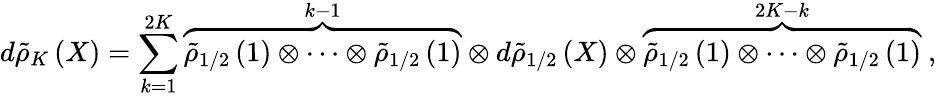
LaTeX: d{\tilde{\rho}}_{K}\left(X\right)=\sum_{k=1}^{2K}{\overbrace{{\tilde{\rho}}_{1/2}\left(1\right)\otimes\cdots\otimes{\tilde{\rho}}_{1/2}\left(1\right)}^{k-1}\otimes d{\tilde{\rho}}_{1/2}\left(X\right)\otimes\overbrace{{\tilde{\rho}}_{1/2}\left(1\right)\otimes\cdots\otimes{\tilde{\rho}}_{1/2}\left(1\right)}^{2K-k}}\ ,